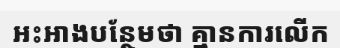
អះអាងបន្ថែមថា គ្មានការលើក